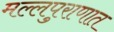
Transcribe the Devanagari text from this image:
मल्लपुराणात